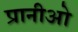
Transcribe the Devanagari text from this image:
प्रानीओ